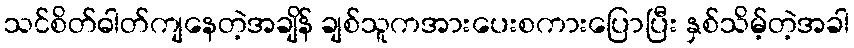
သင်စိတ်ဓါတ်ကျနေတဲ့အချိန် ချစ်သူကအားပေးစကားပြောပြီး နှစ်သိမ့်တဲ့အခါ